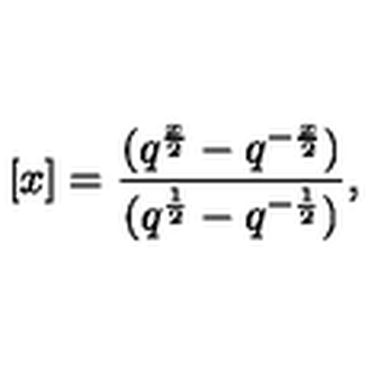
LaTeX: [ x ] = { \frac { ( q ^ { \frac x 2 } - q ^ { - \frac x 2 } ) } { ( q ^ { \frac 1 2 } - q ^ { - \frac 1 2 } ) } } ,